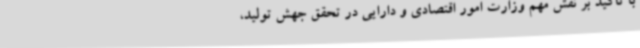
با تاکید بر نقش مهم وزارت امور اقتصادی و دارایی در تحقق جهش تولید،